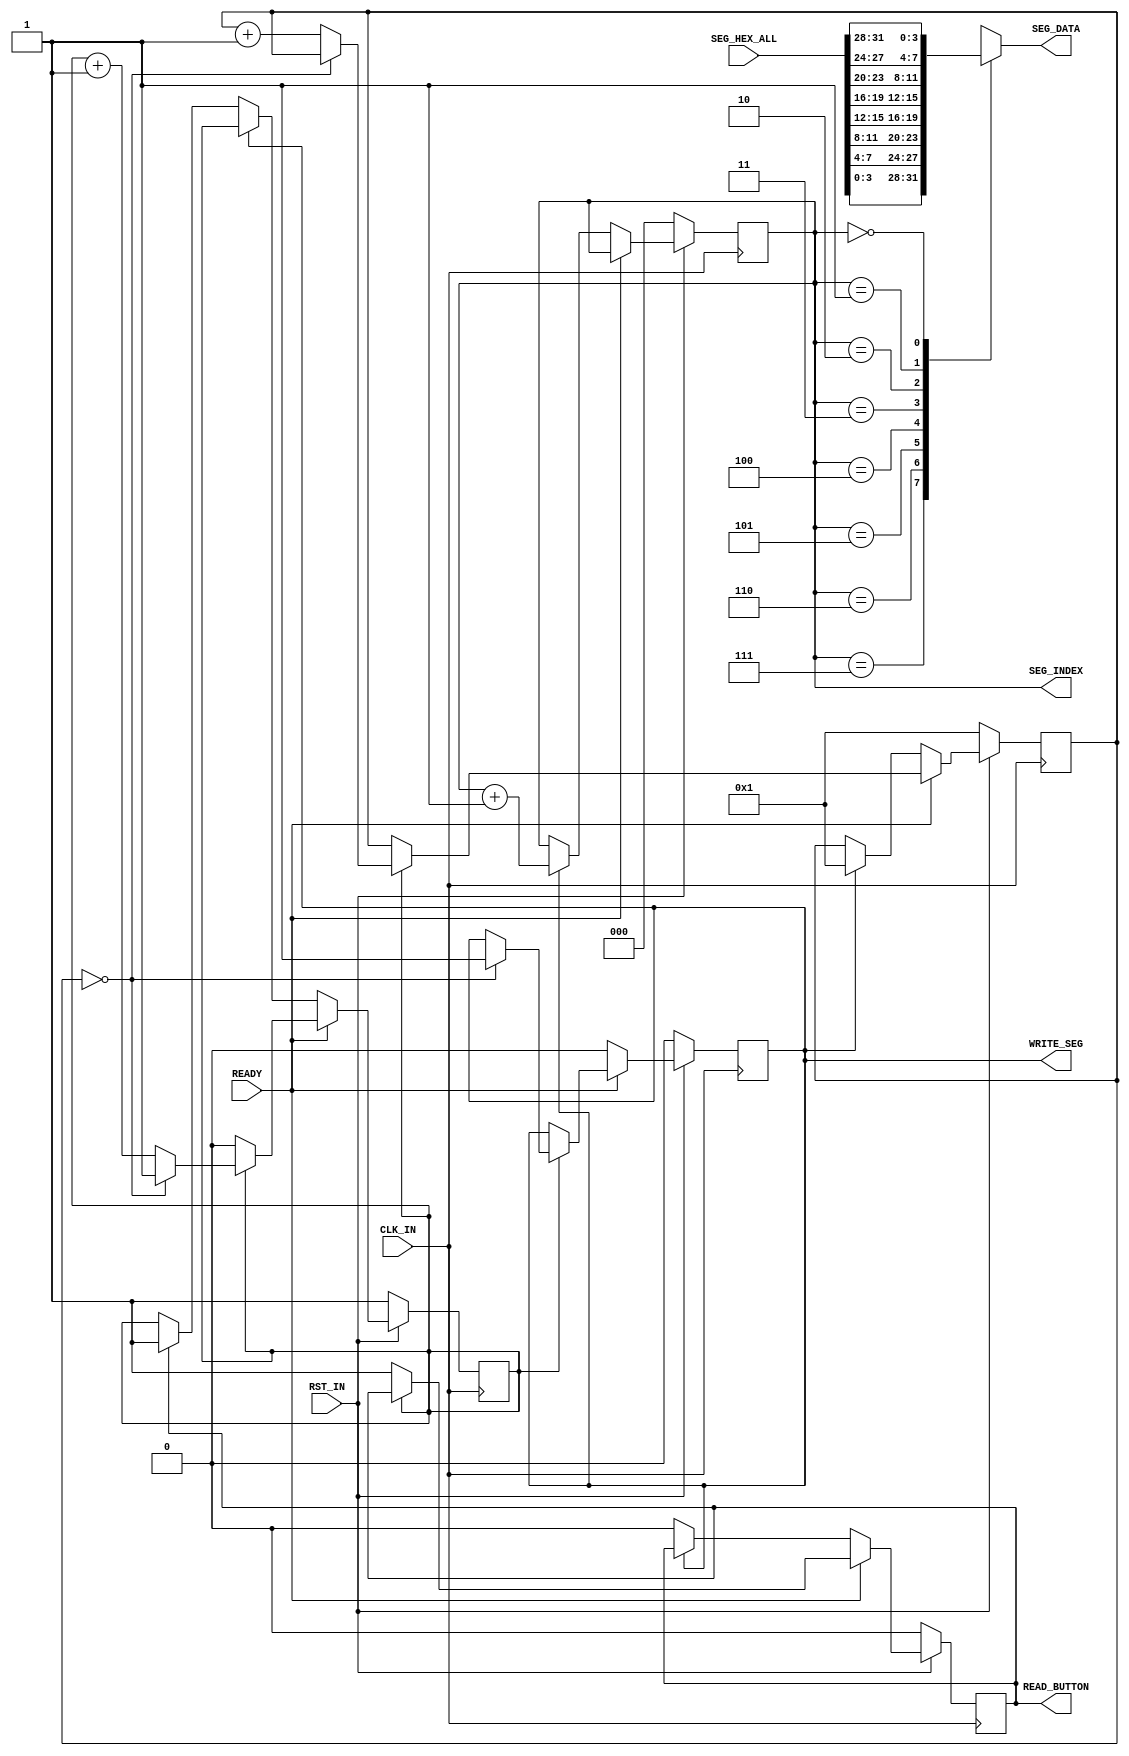
module tm1638SegHex4
(
		input wire CLK_IN,
		input wire RST_IN,
		input wire READY,
		output reg READ_BUTTON,
		output reg WRITE_SEG,
		output reg [2:0] SEG_INDEX,
		output wire [3:0] SEG_DATA,
		input wire [31:0] SEG_HEX_ALL
	);

	localparam WRITE_SLOW = 5; // Nice with 20 for humain reading
	localparam READ_SLOW = 0; // TODO

	reg [WRITE_SLOW:0] writeSlowCpt;
	reg [READ_SLOW:0] readSlowCpt;

	always @(posedge CLK_IN)
	begin
		if (RST_IN == 0)
		begin
			writeSlowCpt <= 1;
			readSlowCpt <= 1;
			SEG_INDEX <= 0;
			WRITE_SEG <= 1'b0;
			READ_BUTTON <= 1'b0;
		end
		else
		begin
			// If ready
			if (READY == 1)
			begin
				// If time to read
				if (readSlowCpt == 0)
				begin
					// Ask to read
					READ_BUTTON <= 1'b1;
				end
				// If time to write
				else if (writeSlowCpt == 0)
				begin
					// Ask to write
					WRITE_SEG <= 1'b1;
				end
				else
				begin
					// Wait time to write
					writeSlowCpt <= writeSlowCpt + 1'b1;
					// Wait time to read
					readSlowCpt <= readSlowCpt + 1'b1;
				end
			end
			// If write
			else if (WRITE_SEG == 1'b1)
			begin
				// Stop asking to write
				WRITE_SEG <= 1'b0;
				// Prepare next data to write
				SEG_INDEX <= SEG_INDEX + 1'b1;
				// Reset write slow compter
				writeSlowCpt <= 1;
			end
			// If read
			else if (READ_BUTTON == 1'b1)
			begin
				// Stop asking to read
				READ_BUTTON <= 1'b0;
				// Reset read slow compter
				readSlowCpt <= 1;
			end
		end
	end

	function [3:0] computeHexTo7SegDataIn(
		input [2:0] index,
		input [31:0] data
	);
	case (index)
		3'h7:
			computeHexTo7SegDataIn = data[3:0];
		3'h6:
			computeHexTo7SegDataIn = data[7:4];
		3'h5:
			computeHexTo7SegDataIn = data[11:8];
		3'h4:
			computeHexTo7SegDataIn = data[15:12];
		3'h3:
			computeHexTo7SegDataIn = data[19:16];
		3'h2:
			computeHexTo7SegDataIn = data[23:20];
		3'h1:
			computeHexTo7SegDataIn = data[27:24];
		3'h0:
			computeHexTo7SegDataIn = data[31:28];
	endcase
	endfunction

	assign SEG_DATA = computeHexTo7SegDataIn(SEG_INDEX, SEG_HEX_ALL);

endmodule